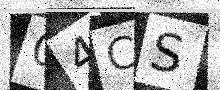
Text: 04CS